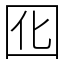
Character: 囮